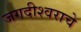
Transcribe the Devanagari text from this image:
जगदीश्वराचे